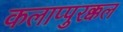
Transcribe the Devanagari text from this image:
कलाप्पुरक्कल